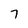
Character: 7